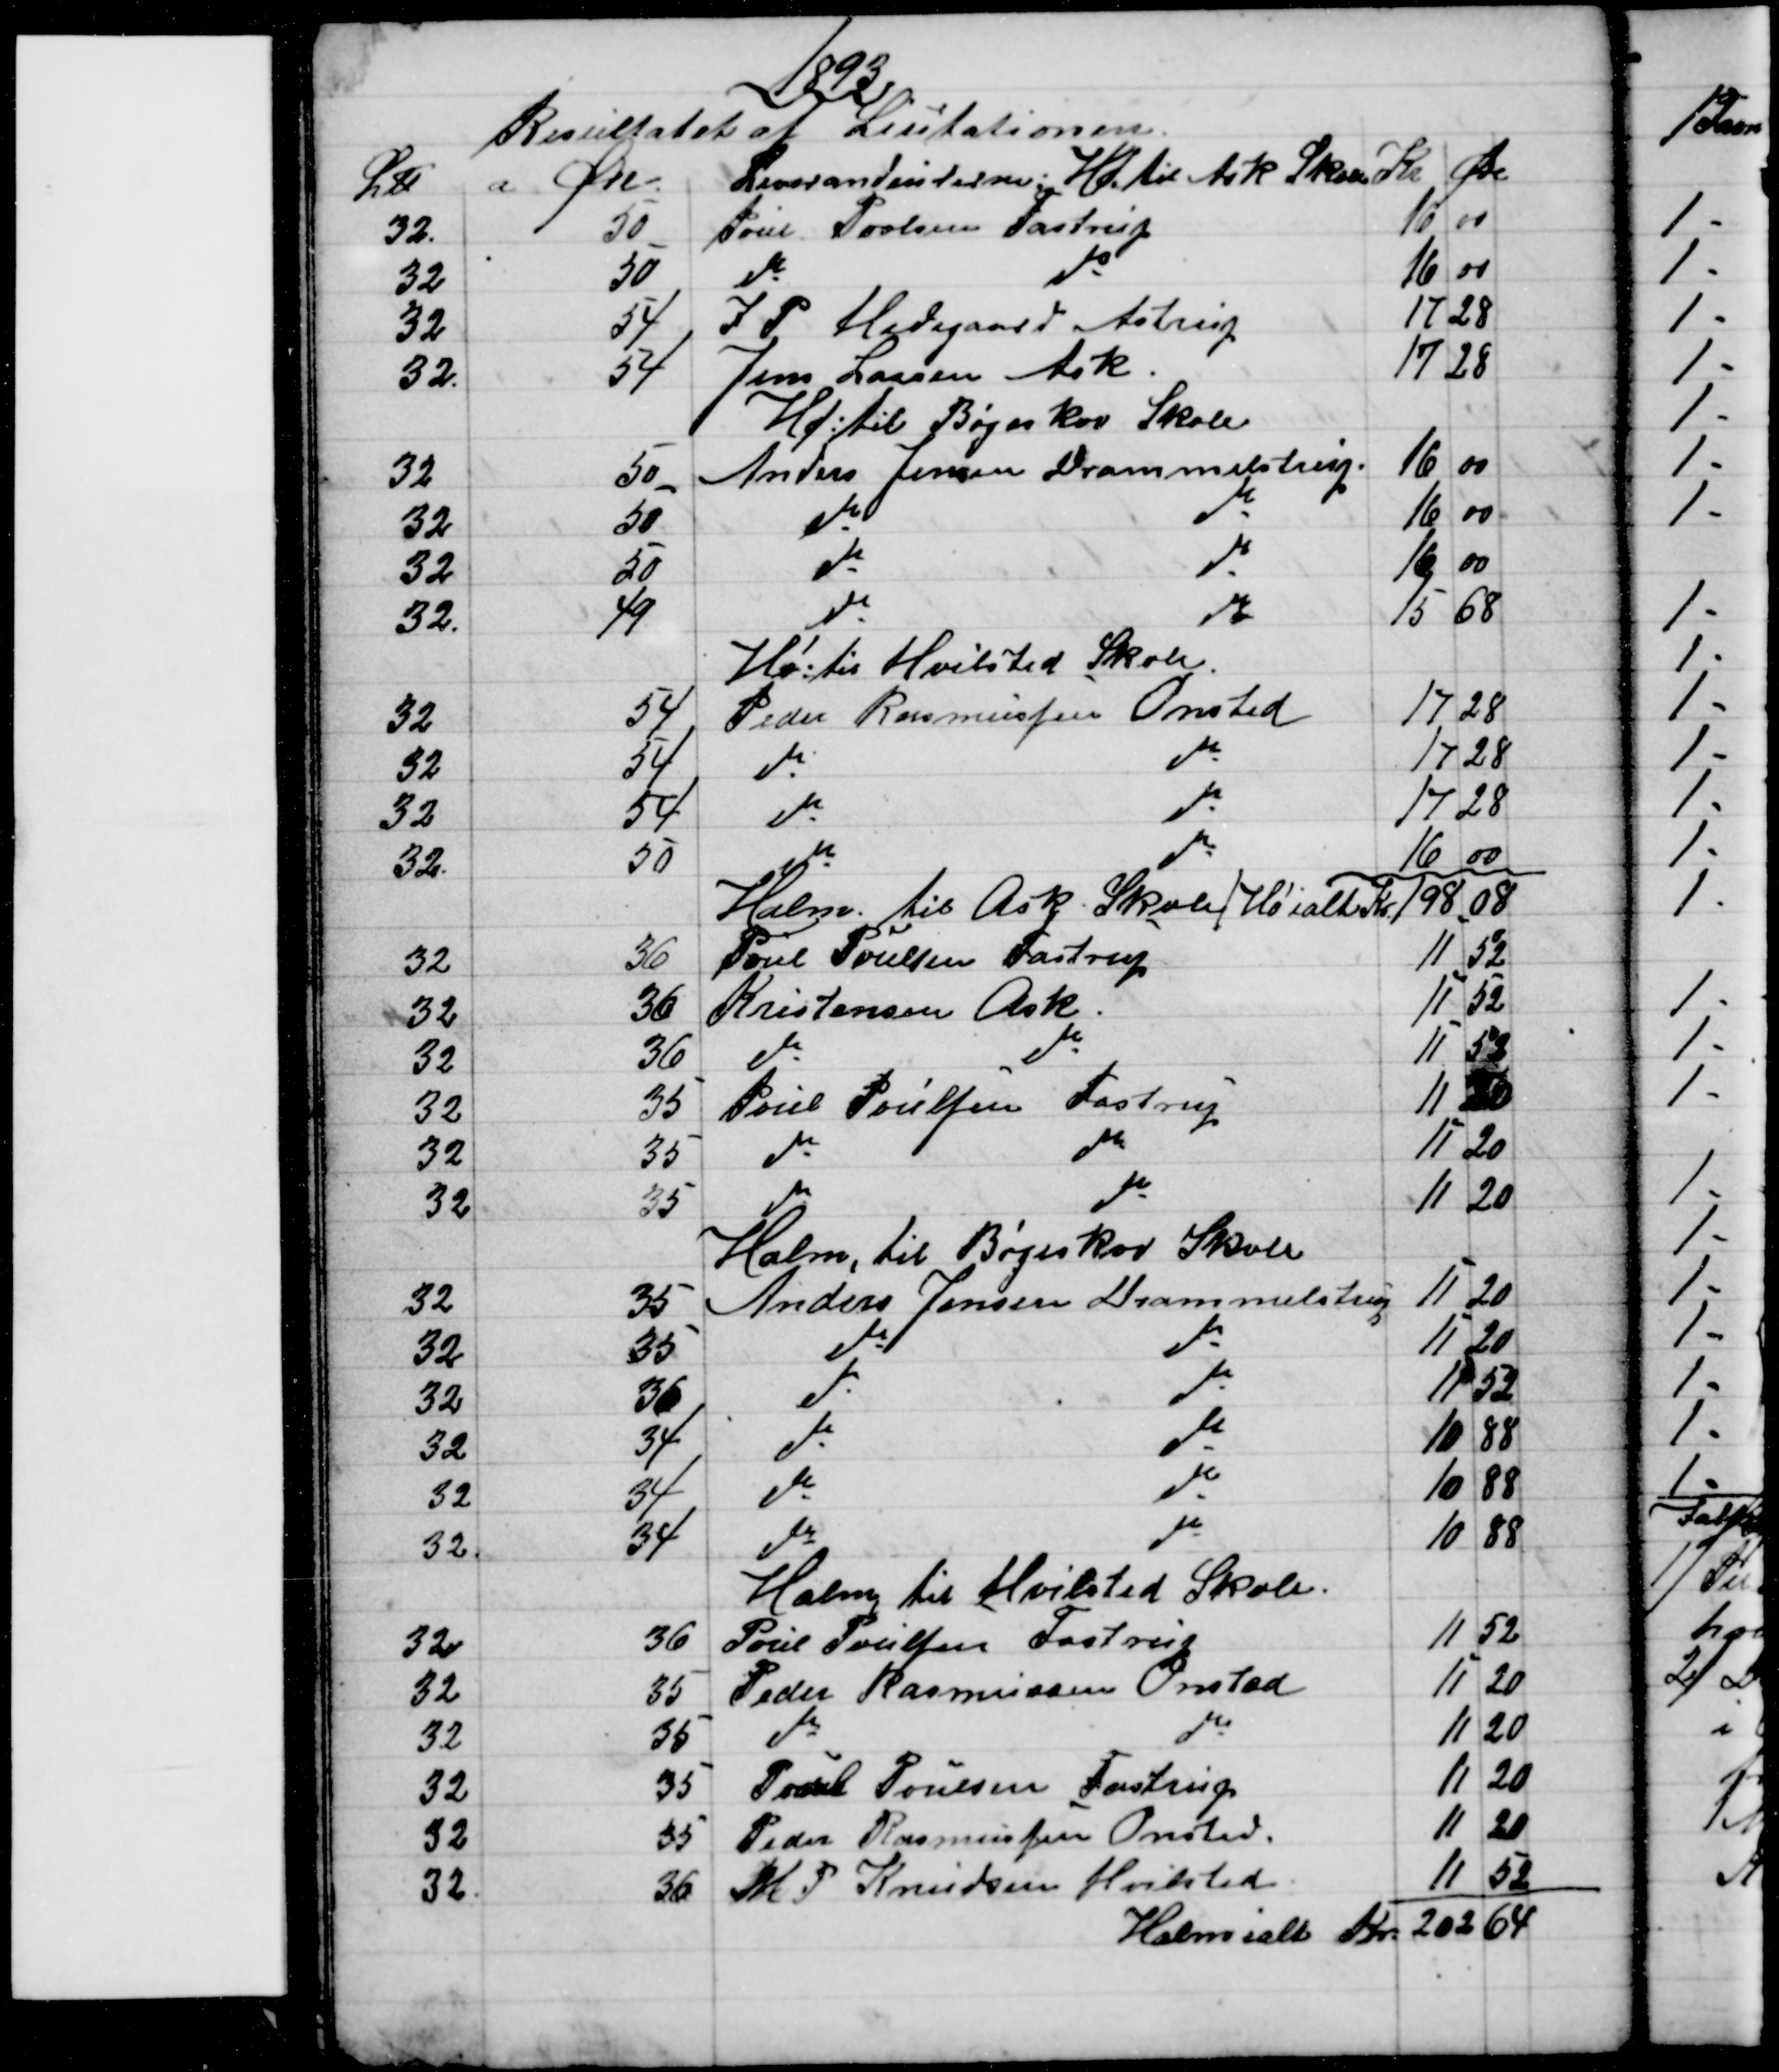
Transskription:
1893
Resultatet at Licitationen
L℔
a Øre
Leverandeurerne: Hø til Ask Skole 
Kr
Øre
32.
50
Poul Povlsen Fastrup
16
00
32
50
do 
do
16
00
32
54
J P. Hedegaard, Astrup
17
28
32.
54
Jens Larsen Ask.
17
28
Hø: til Bøgeskov Skole
32
50
Anders Jensen Drammelstrup
16
00
32
50
do
do
16
00
32
50
do 
do
16
00
32.
49
do
do
15
68
Hø: til Hvilsted Skole
32
54
Peder Rasmussen Onsted
17
28
32
54
do
do
17
28
32
54
do
do
17
28
32.
50
do
do
16
00
Halm. til Ask Skole/ Hø ialt Kr
198
08
32
36
Povl Poulsen Fastrup
11
52
32
36
Kristensen Ask
11
52
32
36
do
do
11
52
32
35
Poul Poulsen Fastrup
11
20
32
35
do
do
11
20
32
35
do
do
11
20
Halm, til Bøgeskov Skole
32
35 
Anders Jensen Drammelstrup
11
20
32
35
do
do
11
20
32
36
do
do
11
52
32
34
do
do
10
88
32
34
do
do
10
88
32.
34
do
do
10
88
Halm, til Hvilsted Skole.
32
36
Poul Poulsen Fastrup
11
52
32
35
Peder Rasmussen Onsted
11
20
32
35
do
do
11
20
32
35
Poul Poulsen Fastrup
11
20
32
35
Peder Rasmussen Onsted.
11
20
32
36
M P Knudsen Hvilsted
11
52
Halm ialt Kr. 
 202
64